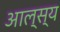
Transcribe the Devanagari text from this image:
आल्स्य